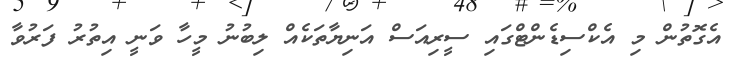
އެގޮތުން މި އެކްސިޑެންޓްގައި ސީރިއަސް އަނިޔާތަކެއް ލިބުނު މީހާ ވަނީ އިތުރު ފަރުވާ